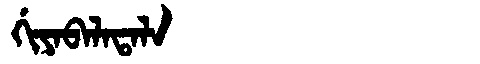
Manchu: ᡤᡳᠶᠠᠪᠠᠯᠠᡨᠠᠯᠠ
Romanization: GIYABALATALA